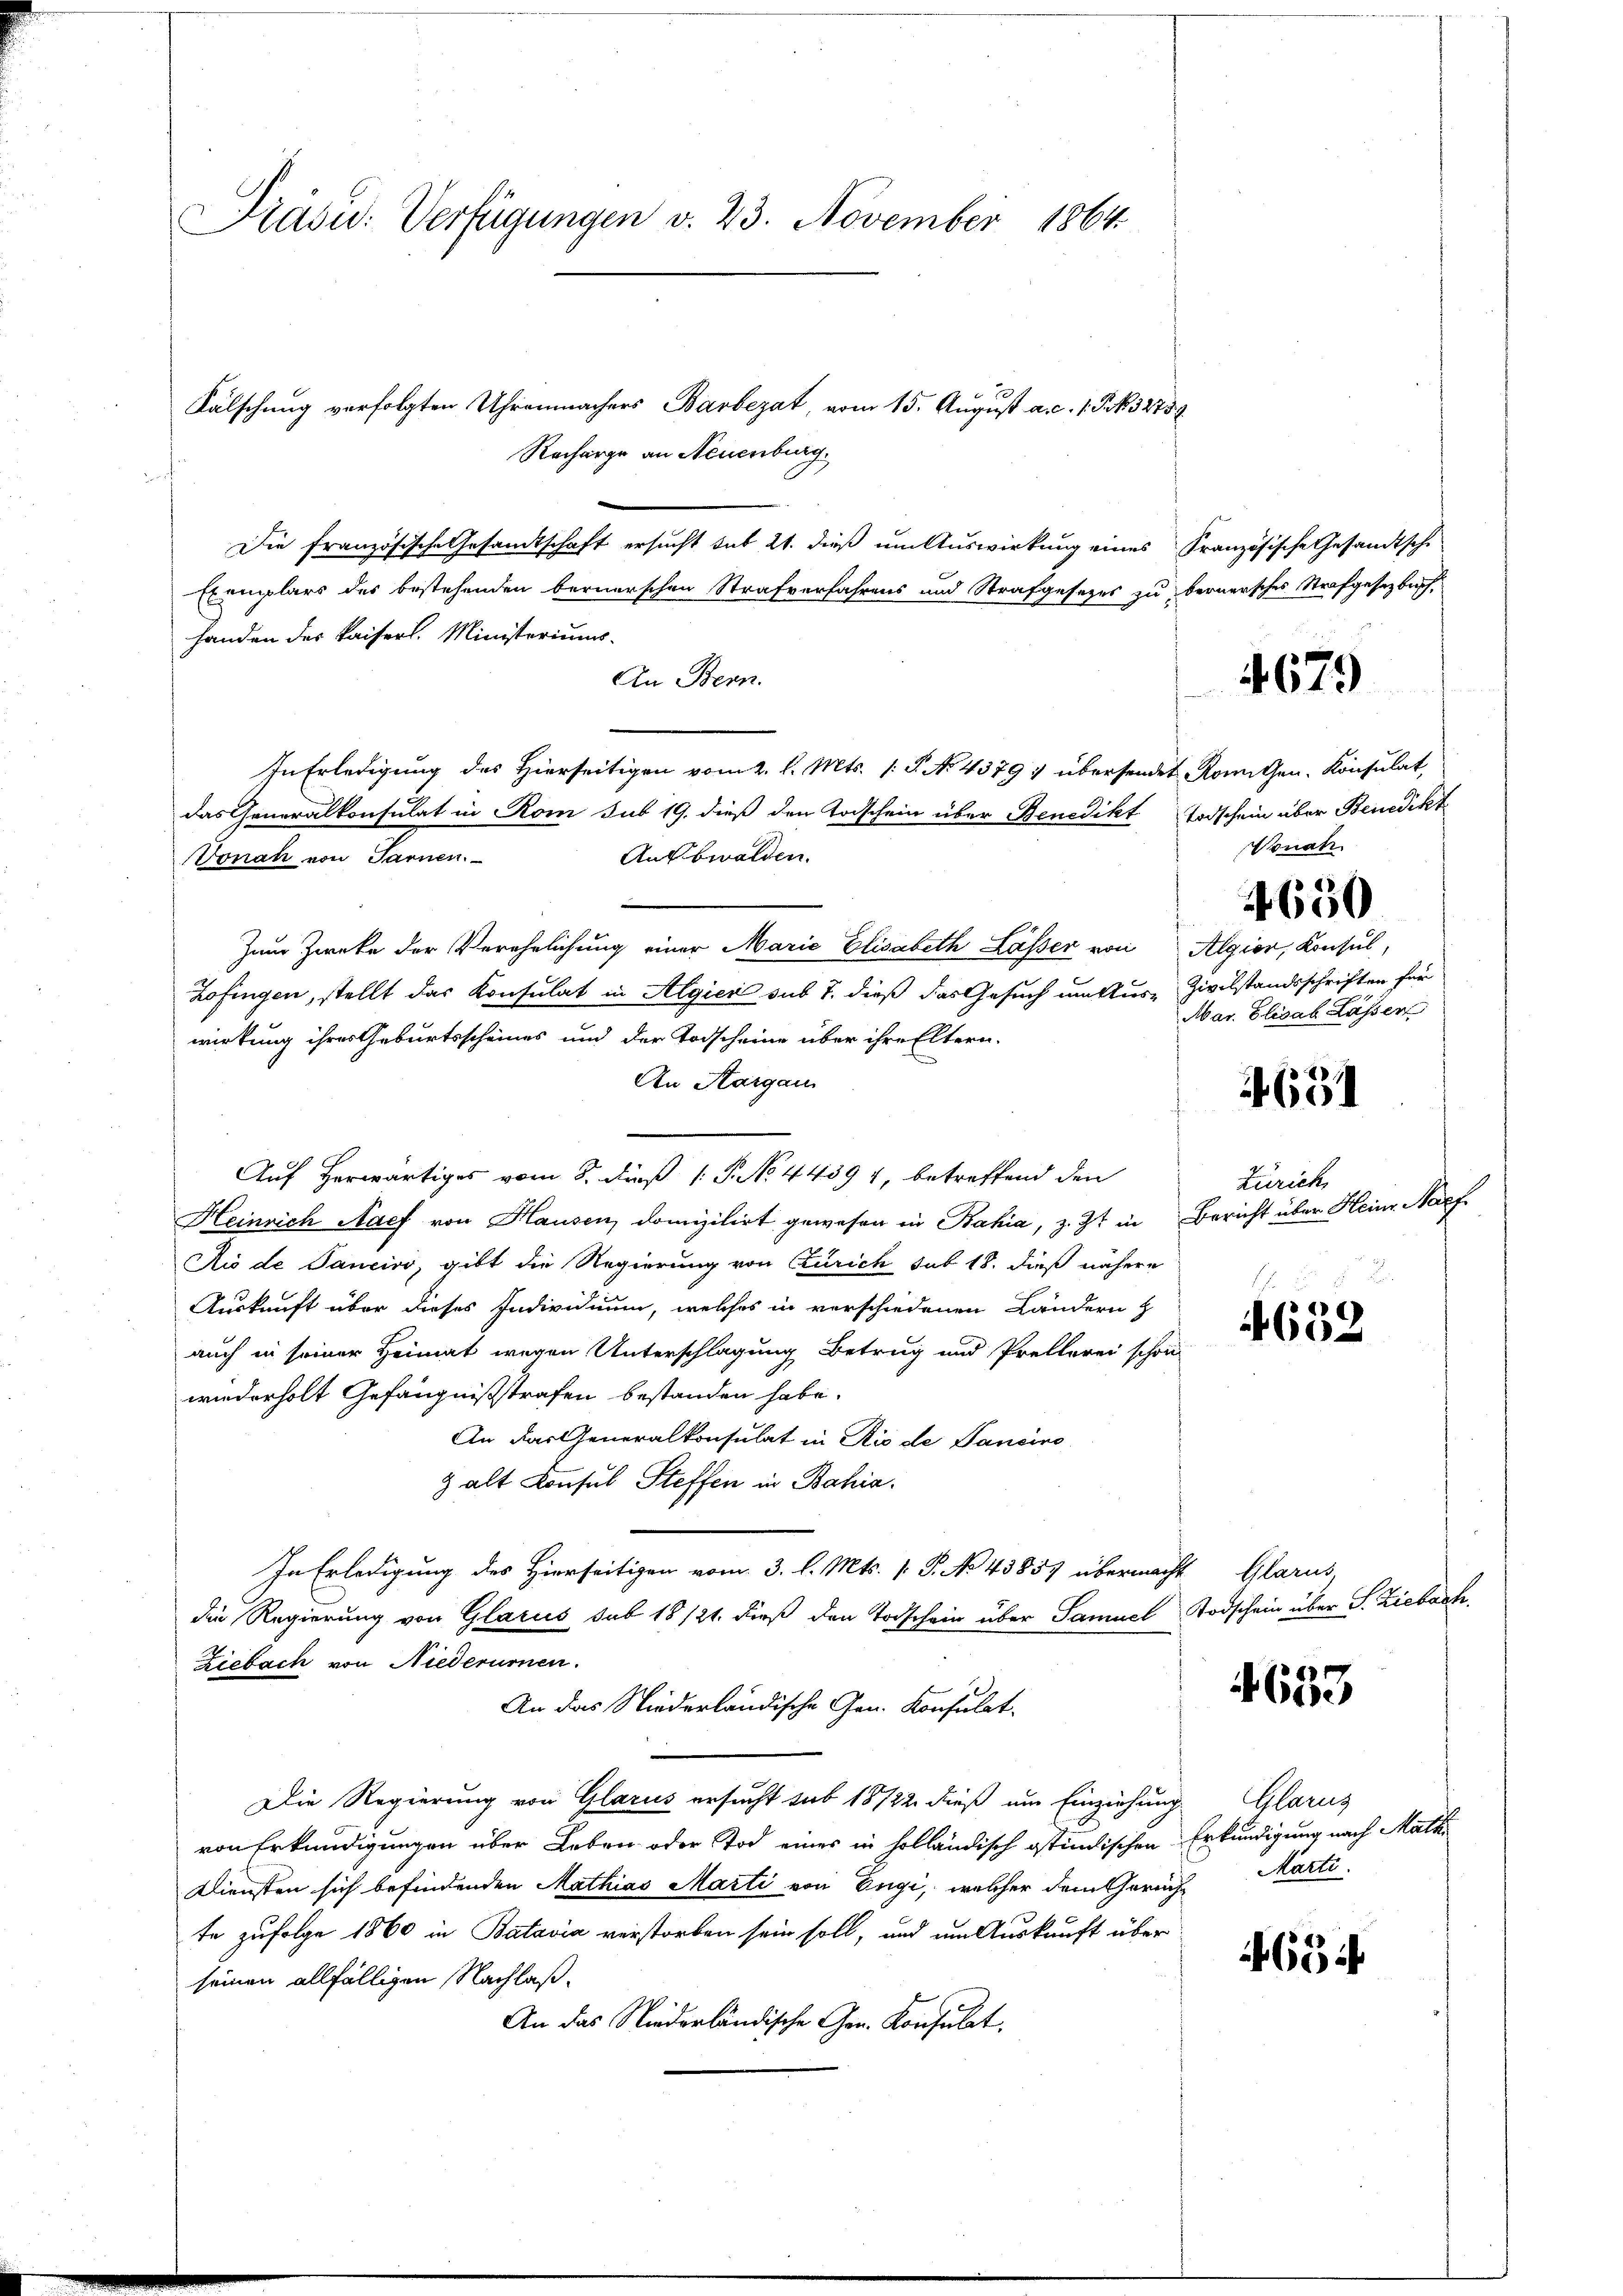
Präsid. Verfügungen v. 23. November 1864.

Fälschung verfolgten Uhrenmachers Barbezat, vom 15. August a. c. 1 S. 3275
Recharge an Neuenburg.
Die französische Gesandtschaft ersucht sub 21. dieß um Auswirkung eines Französische Gesandtsche
Exemplars des bestehenden bernerschen Strafverfahrens und Strafgesetzes zu bernersches Strafgesetzbuch
handen des Kaiserl. Ministeriums.
An Bern.
In Erledigung des Hierseitigen vom 2. l. Mts. (: P. No. 4379) übersendet konnten. Konsulat,
das Generalkonsulat in Rom sub 19. dieß den Todschein über Benedikt Todschein über Benedikt
Ankbwalden.
Vonah von Sarnen.
|
Zum Zwecke der Verehrlichung einer Marie Elisabeth Läßer von Algier, Konsul,
Zofingen, stellt das Konsulat in Algien sub 7. dieß das Gesuch unklus Zivilstandsschriften für
wirkung ihres Geburtsscheines und der Todscheine über ihre Eltern.
An Aargau
Auf herwärtiges vom 8. Daß P. No. 44394, betreffend den
Heinrich Nach von Hausen, domizilirt gewesen in Bahia, z. Zt. in Bericht über Heinr. Napf.
Aio de Sancivo, gibt die Regierung von Zürich sub 18. dieß nähere
Auskunft über dieses Individuum, welches in verschiedenen Ländern z
auch in seiner Heimat wegen Unterschlagung Betrug und Prellerei schon
wiederholt Gefängnißstrafen bestanden habe.
An das Generalkonsulat in Rio de Pancino
 alt Konsul Steffen in Bahia.
In Erledigung des Hierseitigen vom 3. l. Mts. v. P. No 43857 übermacht Glarus
die Regierung von Glarus sub 18/21. dieß den Todschein über Samuel Todschein über S. Ziebach,
Ziebach von Niederumen.
An das Niederländische Gen. Konsulat
Die Regierung von Glarus ersucht sub 18722. dieß um Einziehung Glarus
von Erkundigungen über Leben oder Tod eines in holländisch ostindischen Erkundigung nach Mathi
Diensten sich befindenden Mathias Marti von Engi, welcher dem Gericht arti
te zufolge 1860 in Batavia verstorben sein soll, und um Auskunft über
seinen allfälligen Nachlaß¬
An das Niederländische Gen. Konsulat

4679

Vonah
4650
Mar. Elisab Lassen

4631

Zürich,

.
1
4652

4653

654